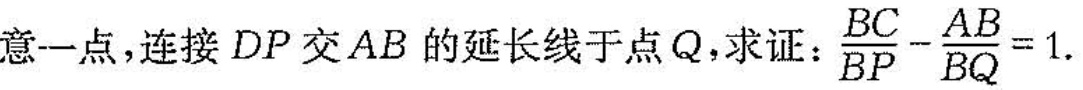
意一点，连接DP交AB的延长线于点Q，求证$$\frac { B C } { B P } -